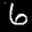
Label: 6